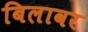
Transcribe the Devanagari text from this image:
बिलावर